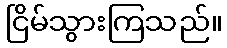
ငြိမ်သွားကြသည်။